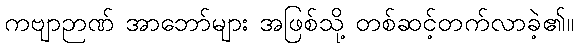
ကဗျာဉာဏ် အာဘော်များ အဖြစ်သို့ တစ်ဆင့်တက်လာခဲ့၏။